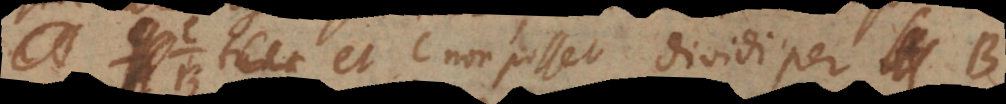
et C non posset dividi per B. §